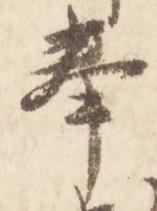
奉